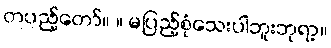
တပည့်တော်။ ။ မပြည့်စုံသေးပါဘူးဘုရာ့။